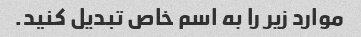
موارد زیر را به اسم خاص تبدیل کنید.